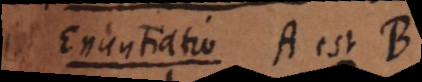
Enuntiatio A est B.